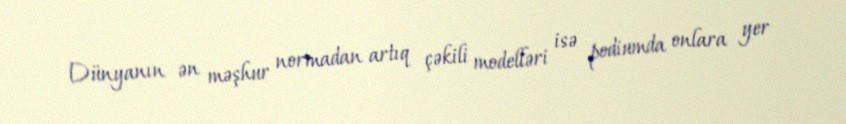
Dünyanın ən məşhur normadan artıq çəkili modelləri isə podiumda onlara yer